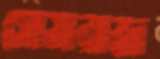
সোমরাজ